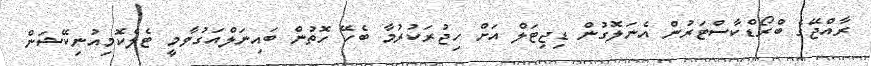
ރާއްޖޭގެ ބްރޯޑްކާސްޓަރުން އެނަލޮގުން ޑިޖިޓަލް އަށް ހިޖުރަކުރުމާ ބެހޭ ހޮތުން ބައިނަލްއަގުވާމީ ޓެލެކޮމިއުނިކޭޝަން